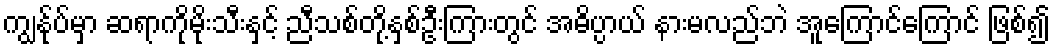
ကျွန်ုပ်မှာ ဆရာကိုမိုးသီးနှင့် ညီသစ်တို့နှစ်ဦးကြားတွင် အဓိပ္ပာယ် နားမလည်ဘဲ အူကြောင်ကြောင် ဖြစ်၍